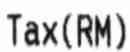
TAX (RM)